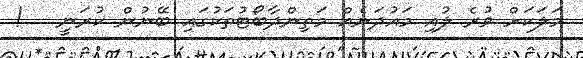
މަލަކަށް ވުރެ ލުއި މައުދަނެއް މަތިންދާބޯޓުތަކުގައި ބޭނުން ކުރަނީ   !